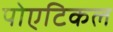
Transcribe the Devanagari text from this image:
पोएटिकल